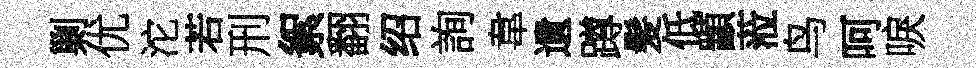
剿优沱若刑絮翻绍詢韋遺蹲髪低顓蒞鸟呵唳